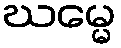
ဃမ္မေ